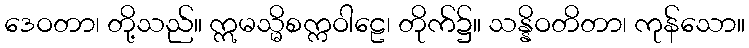
ဒေဝတာ၊ တို့သည်။ ဣမသ္မိစက္ကဝါဠေ၊ တိုက်၌။ သန္နိဝတိတာ၊ ကုန်သော။